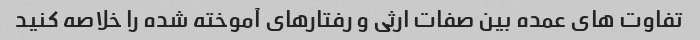
تفاوت های عمده بین صفات ارثی و رفتارهای آموخته شده را خلاصه کنید